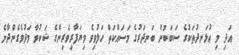
އަދި މި އުޅަނދުތަކުގެ ސަބަބުން ބަނދަރުގެ މަސައްކަތް ހަލުވިވެ ވިޔަފާރިވެރިންގެ ޝަކުވާ މަދުވެގެންދާނެ